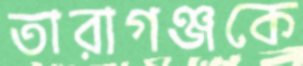
তারাগঞ্জকে